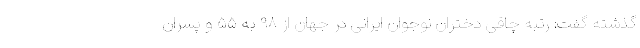
گذشته گفت: رتبه چاقی دختران نوجوان ایرانی در جهان از ۹۸ به ۵۵ و پسران